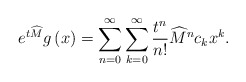
\begin{align*}e^{t\widehat{M}}g\left( x\right) =\sum_{n=0}^{\infty}\sum_{k=0}^{\infty}\frac{t^{n}}{n!}\widehat{M}^{n}c_{k}x^{k}. \end{align*}